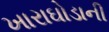
ખારાઘોડાની